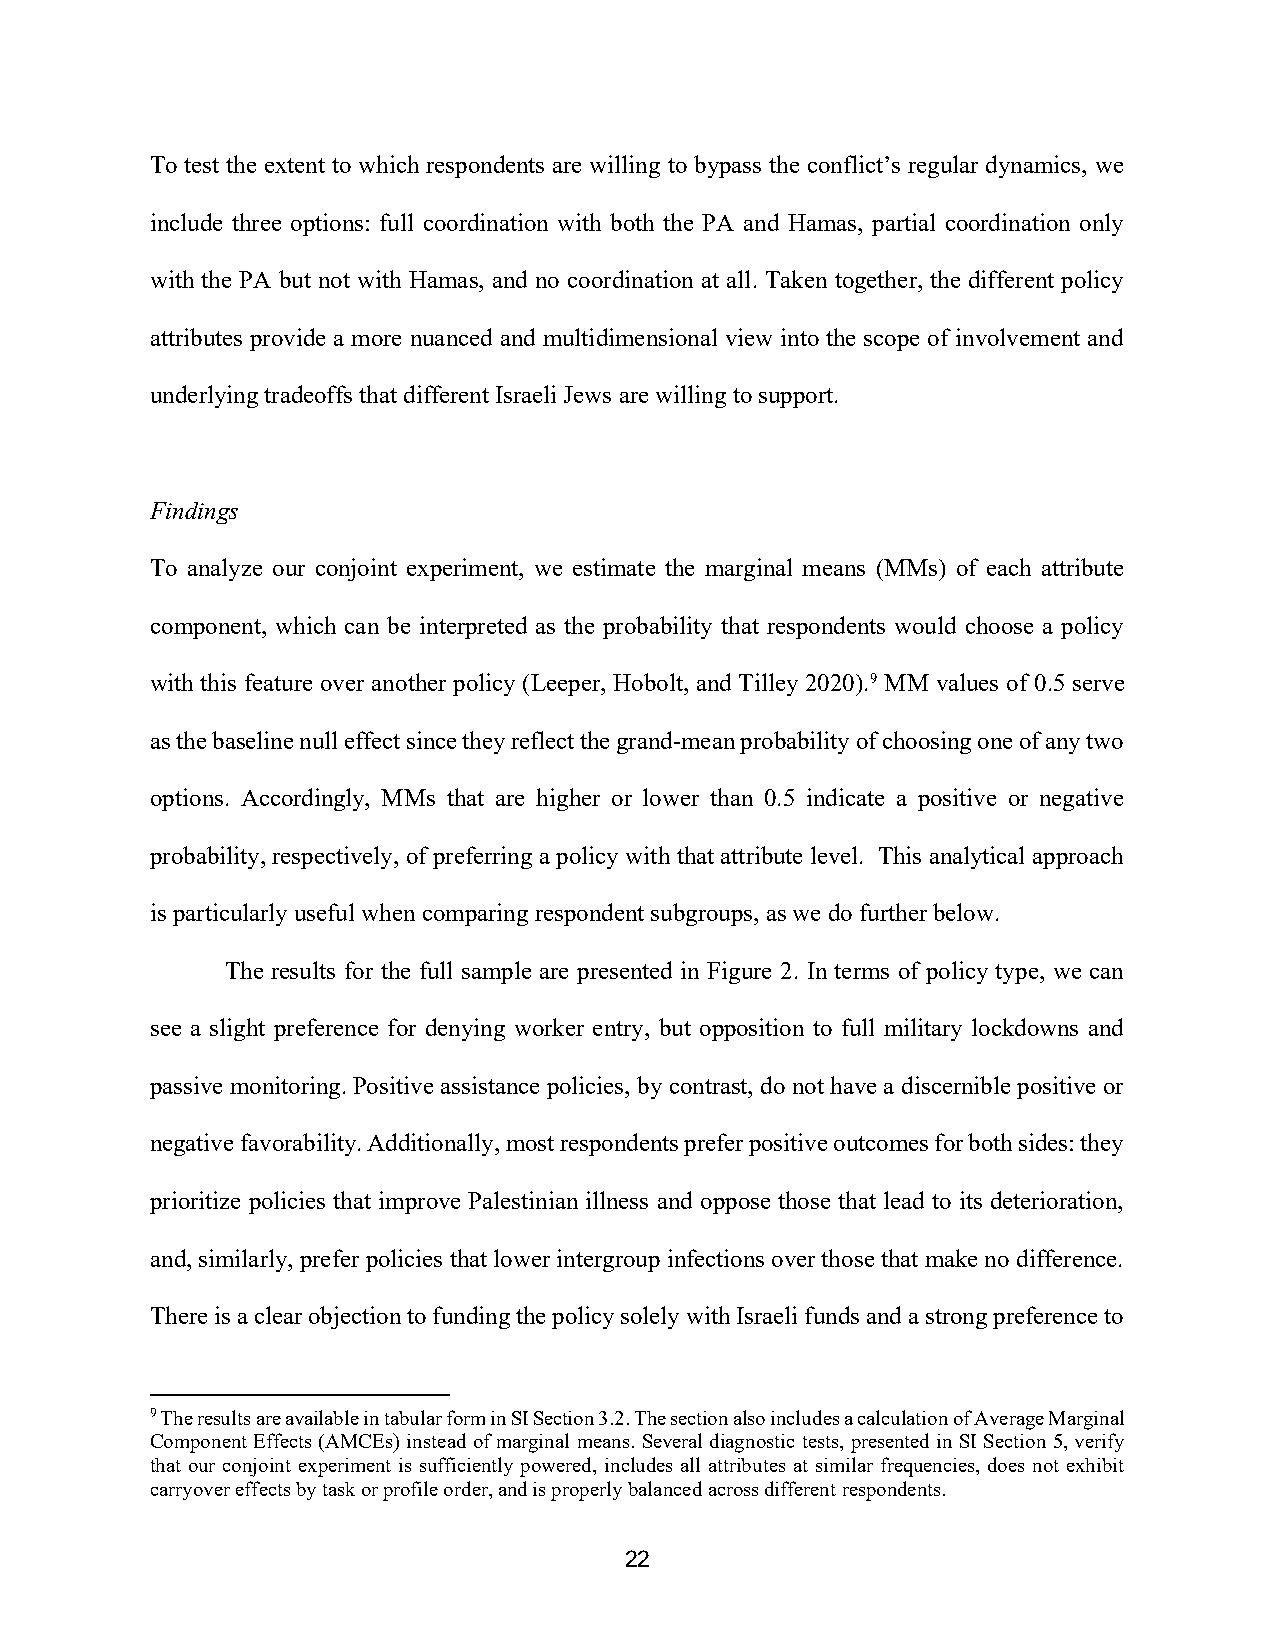
To test the extent to which respondents are willing to bypass the conflict’s regular dynamics, we
 include three options: full coordination with both the PA and Hamas, partial coordination only
 with the PA but not with Hamas, and no coordination at all. Taken together, the different policy
 attributes provide a more nuanced and multidimensional view into the scope of involvement and
 underlying tradeoffs that different Israeli Jews are willing to support.
 Findings
 To analyze our conjoint experiment, we estimate the marginal means (MMs) of each attribute
 component, which can be interpreted as the probability that respondents would choose a policy
 with this feature over another policy (Leeper, Hobolt, and Tilley 2020).9 MM values of 0.5 serve
 as the baseline null effect since they reflect the grand-mean probability of choosing one of any two
 options. Accordingly, MMs that are higher or lower than 0.5 indicate a positive or negative
 probability, respectively, of preferring a policy with that attribute level. This analytical approach
 is particularly useful when comparing respondent subgroups, as we do further below.
 The results for the full sample are presented in Figure 2. In terms of policy type, we can
 see a slight preference for denying worker entry, but opposition to full military lockdowns and
 passive monitoring. Positive assistance policies, by contrast, do not have a discernible positive or
 negative favorability. Additionally, most respondents prefer positive outcomes for both sides: they
 prioritize policies that improve Palestinian illness and oppose those that lead to its deterioration,
 and, similarly, prefer policies that lower intergroup infections over those that make no difference.
 There is a clear objection to funding the policy solely with Israeli funds and a strong preference to
 9 The results are available in tabular form in SI Section 3.2. The section also includes a calculation of Average Marginal
 Component Effects (AMCEs) instead of marginal means. Several diagnostic tests, presented in SI Section 5, verify
 that our conjoint experiment is sufficiently powered, includes all attributes at similar frequencies, does not exhibit
 carryover effects by task or profile order, and is properly balanced across different respondents.
 22